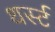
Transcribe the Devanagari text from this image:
थर्स्ट